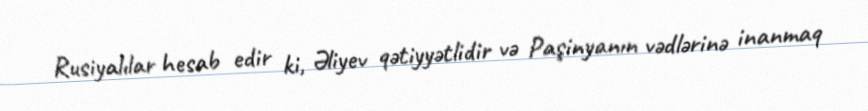
Rusiyalılar hesab edir ki, Əliyev qətiyyətlidir və Paşinyanın vədlərinə inanmaq